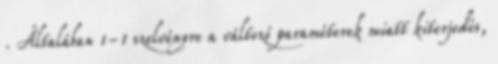
. Általában 1-1 szelvényre a változó paraméterek miatt kiterjedés,